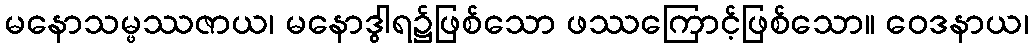
မနောသမ္ဖဿဇာယ၊ မနောဒွါရ၌ဖြစ်သော ဖဿကြောင့်ဖြစ်သော။ ဝေဒနာယ၊